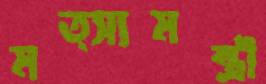
মত্স্যমন্ত্রী